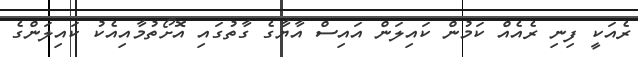
ރެއަކީ ފިނި ރެއެއް ކަމުން ކައިލަން އައިސް އާޔާގެ ގާތުގައި އޮށޯތުމާއިއެކު ކައިލަންގެ